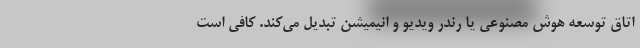
اتاق توسعه هوش مصنوعی یا رندر ویدیو و انیمیشن تبدیل می‌کند. کافی است